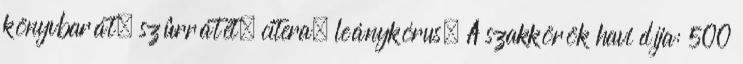
könyvbarát, szûrrátét, citera, leánykórus. A szakkörök havi díja: 500